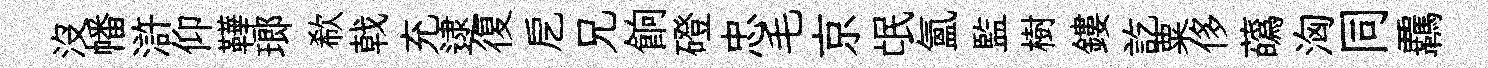
沒幡滸仰鞾瑯欷戟充逮復戹兄餉磴忠毛京氓氲監樹鏤訖粟侈蘤洶同覊